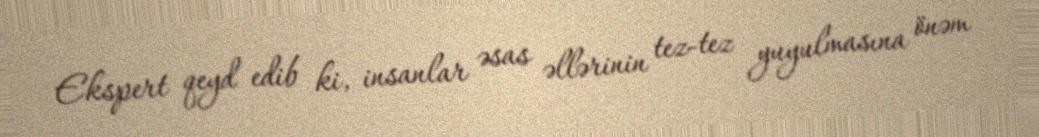
Ekspert qeyd edib ki, insanlar əsas əllərinin tez-tez yuyulmasına önəm